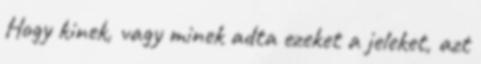
Hogy kinek, vagy minek adta ezeket a jeleket, azt